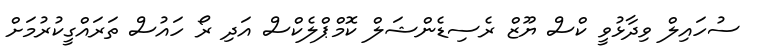
ސުހައިލް ވިދާޅުވީ ކްސް ޔޫޒް ރެސިޑެންޝަލް ކޮމްޕްލެކްސް އަދި ރޯ ހައުސް ތަރައްގީކުރުމަށް